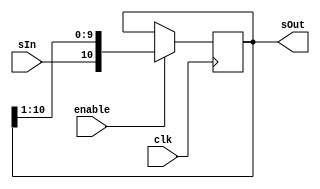
module sr11(sIn,sOut, clk, enable);
	
	input sIn, enable, clk;
	output reg [10:0] sOut;
	
	always @(posedge clk) begin
	
		if (enable)
			sOut <= {sIn,sOut[10:1]};
	
	end
	
endmodule